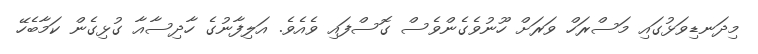
މިދަނޑިވަޅުގައި މަސްރަހް ވަރަށް ހޫނުވެގެންވެސް ގޮސްފައި ވެއެވެ. އަލިފާނުގެ ހާދިސާއާ ގުޅިގެން ކަމާބެހޭ